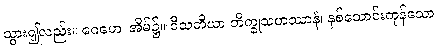
သွား၍လည်း။ ဂေဟေ၊ အိမ်၌။ ဝီသတိယာ ဘိက္ခုသဟဿာနံ၊ နှစ်သောင်းကုန်သော